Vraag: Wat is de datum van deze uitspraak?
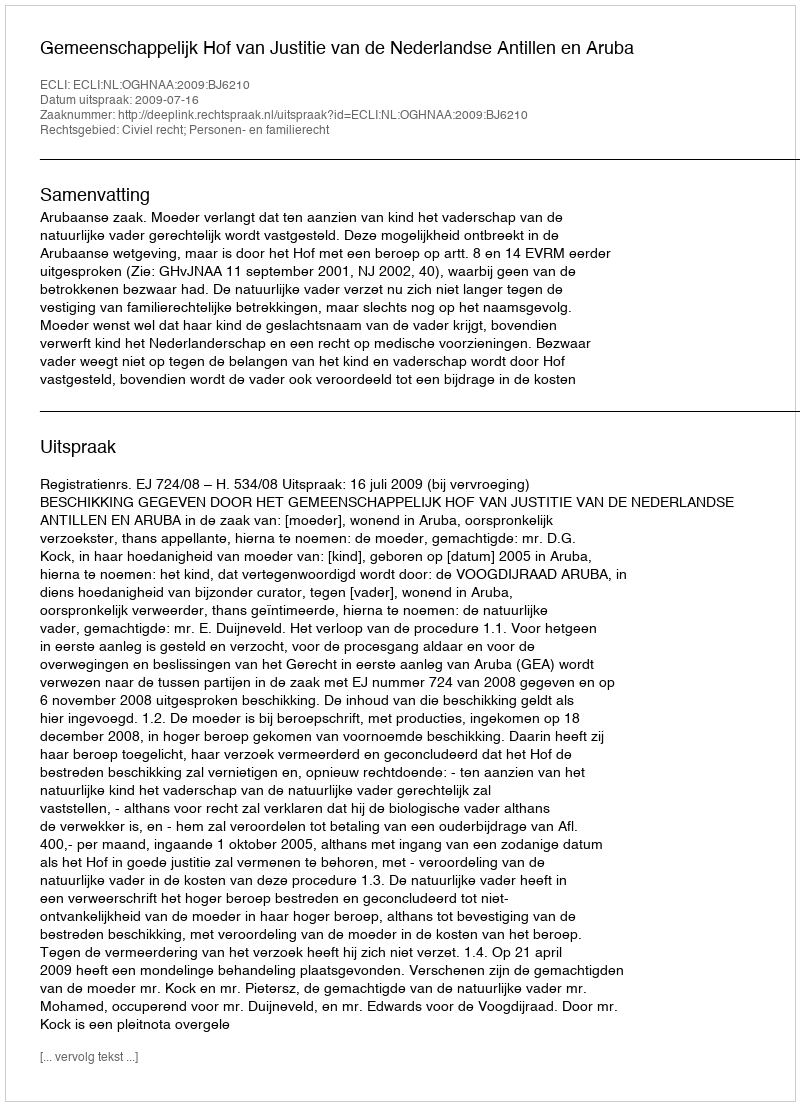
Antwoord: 2009-07-16